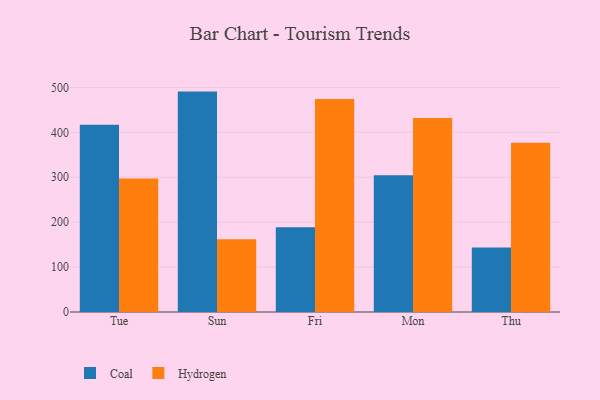
{"axis": {"x": "Day", "y": "Tickets Resolved"}, "legend": ["Coal", "Hydrogen"], "data": [{"x": "Tue", "y": 416.6, "type": "Coal"}, {"x": "Tue", "y": 297.2, "type": "Hydrogen"}, {"x": "Sun", "y": 490.6, "type": "Coal"}, {"x": "Sun", "y": 161.7, "type": "Hydrogen"}, {"x": "Fri", "y": 188.8, "type": "Coal"}, {"x": "Fri", "y": 474.1, "type": "Hydrogen"}, {"x": "Mon", "y": 304.4, "type": "Coal"}, {"x": "Mon", "y": 431.9, "type": "Hydrogen"}, {"x": "Thu", "y": 143.3, "type": "Coal"}, {"x": "Thu", "y": 376.9, "type": "Hydrogen"}]}